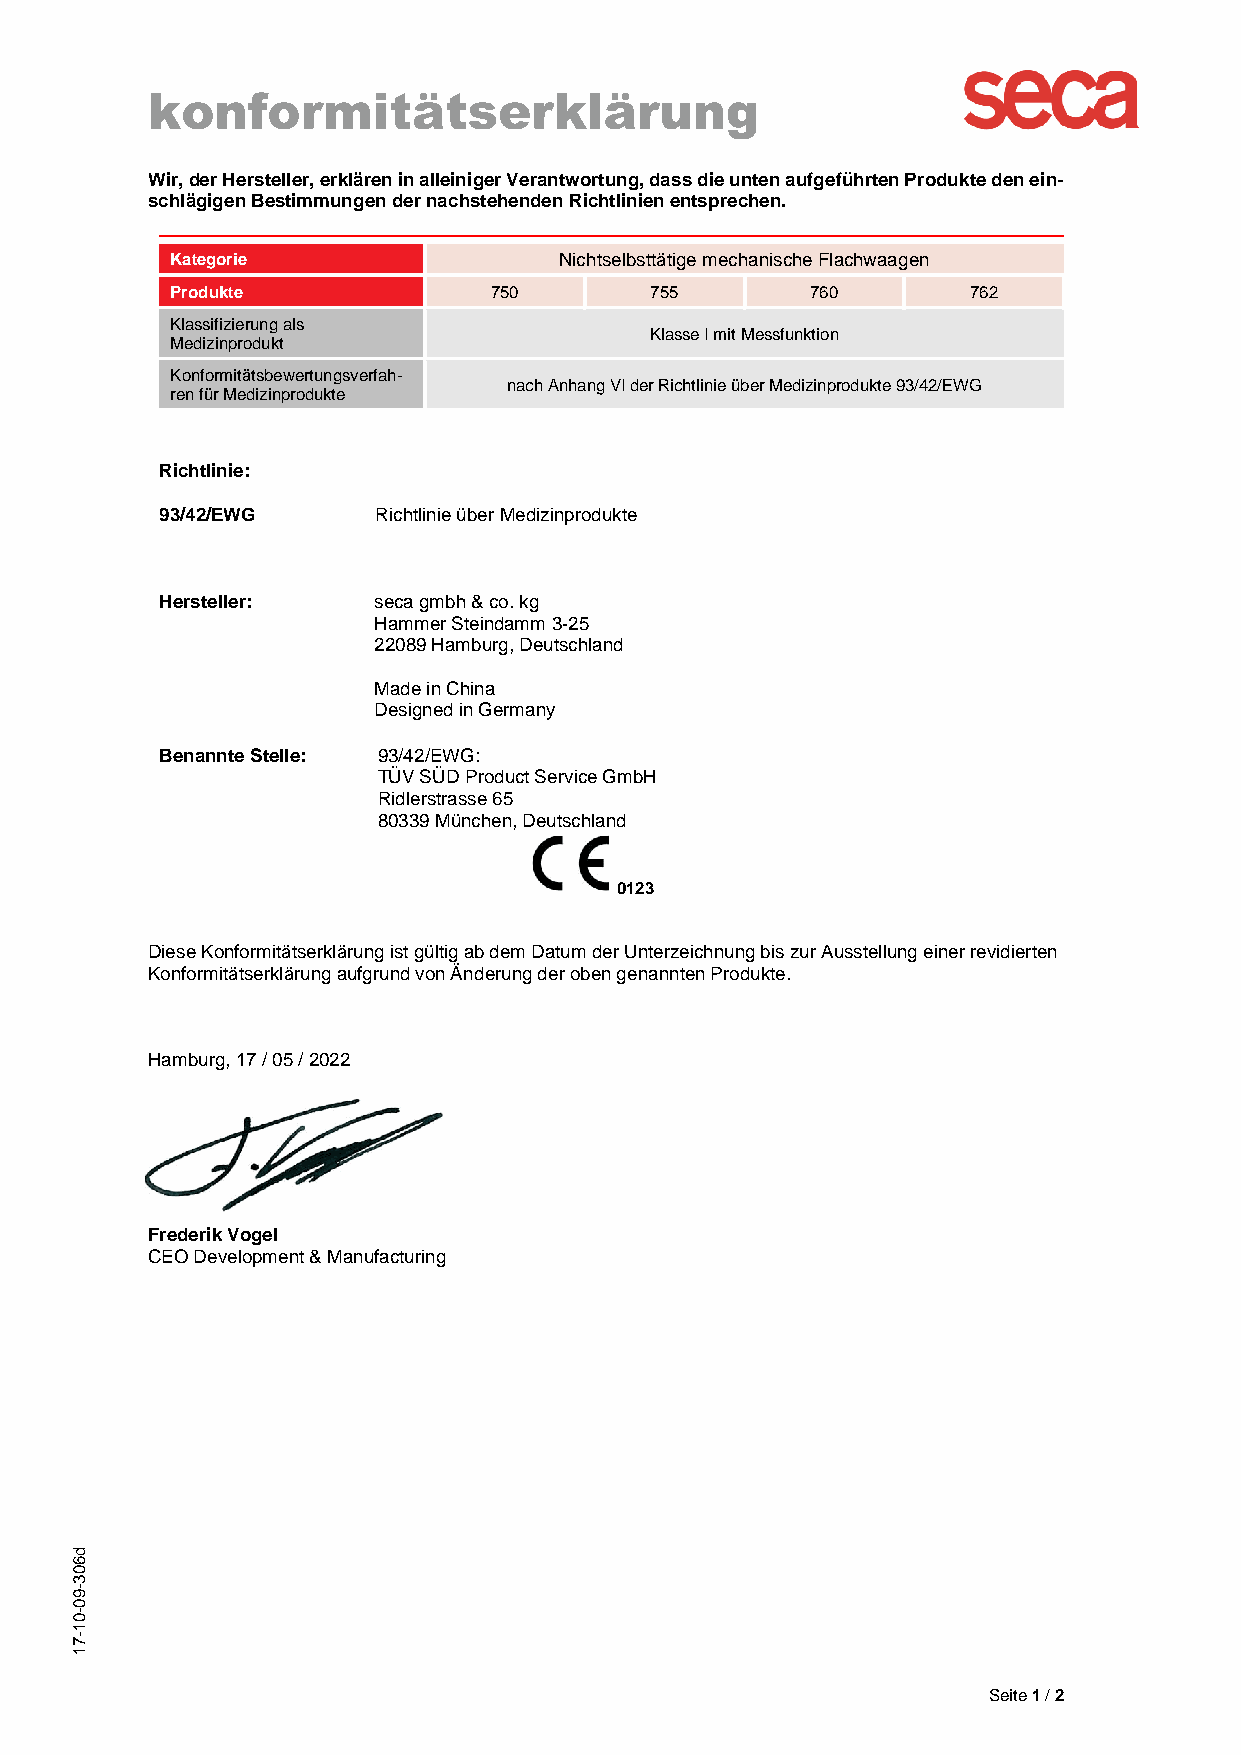
konformitätserklärung
 Wir, der Hersteller, erklären in alleiniger Verantwortung, dass die unten aufgeführten Produkte den ein-
 schlägigen Bestimmungen der nachstehenden Richtlinien entsprechen.
 Kategorie                 Nichtselbsttätige mechanische Flachwaagen
 Produkte             750        755        760       762
 Klassifizierung als
 Klasse I mit Messfunktion
 Medizinprodukt
 Konformitätsbewertungsverfah-
 nach Anhang VI der Richtlinie über Medizinprodukte 93/42/EWG
 ren für Medizinprodukte
 Richtlinie:
 93/42/EWG     Richtlinie über Medizinprodukte
 Hersteller:   seca gmbh & co. kg
 Hammer Steindamm 3-25
 22089 Hamburg, Deutschland
 Made in China
 Designed in Germany
 Benannte Stelle: 93/42/EWG:
 TÜV SÜD Product Service GmbH
 Ridlerstrasse 65
 80339 München, Deutschland
 0123
 Diese Konformitätserklärung ist gültig ab dem Datum der Unterzeichnung bis zur Ausstellung einer revidierten
 Konformitätserklärung aufgrund von Änderung der oben genannten Produkte.
 Hamburg, 17 / 05 / 2022
 Frederik Vogel
 CEO Development & Manufacturing
 d
 6
 0
 3
 9-
 0
 0-
 1
 7-
 1
 Seite 1 / 2